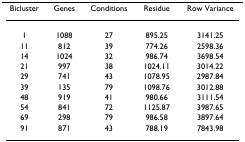
<table><thead><tr><td><b>Bicluster</b></td><td><b>Genes</b></td><td><b>Conditions</b></td><td><b>Residue</b></td><td><b>Row Variance</b></td></tr></thead><tbody><tr><td>1</td><td>1088</td><td>27</td><td>895.25</td><td>3141.25</td></tr><tr><td>11</td><td>812</td><td>39</td><td>774.26</td><td>2598.36</td></tr><tr><td>14</td><td>1024</td><td>32</td><td>986.74</td><td>3698.54</td></tr><tr><td>21</td><td>997</td><td>38</td><td>1024.11</td><td>3014.22</td></tr><tr><td>29</td><td>741</td><td>43</td><td>1078.95</td><td>2987.84</td></tr><tr><td>39</td><td>135</td><td>79</td><td>1098.76</td><td>3012.88</td></tr><tr><td>48</td><td>919</td><td>41</td><td>980.66</td><td>3111.54</td></tr><tr><td>54</td><td>841</td><td>72</td><td>1125.87</td><td>3987.65</td></tr><tr><td>69</td><td>298</td><td>79</td><td>986.58</td><td>3897.64</td></tr><tr><td>91</td><td>871</td><td>43</td><td>788.19</td><td>7843.98</td></tr></tbody></table>